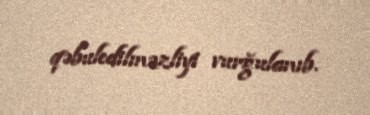
qəbuledilməzliyi vurğulanıb.